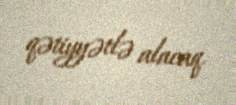
qətiyyətlə alacaq.